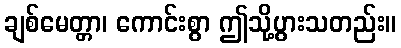
ချစ်မေတ္တာ၊ ကောင်းစွာ ဤသို့ပွားသတည်း။